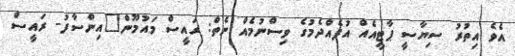
އެވެ އިތުރު ސިޔާސީ ޕާޓީއެއް އުފެއްދެމުގެ ވިސްނުމެއް ނެތް: ރައީސް މައުމޫން"އިންސާފު- ރައީސް